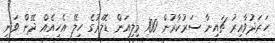
ހަރަދުވާއިރު ޗައިނާ ސަރުކާރުން 100 މިލިއަން ޑޮލަރުގެ ހިލޭ އެހީއެއް ދޭން ވަނީ